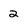
Character: 2